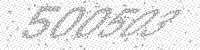
Solution: 500503